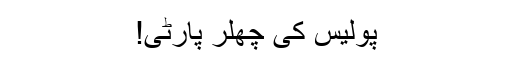
پولیس کی چِھلّر پارٹی!